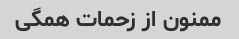
ممنون از زحمات همگی